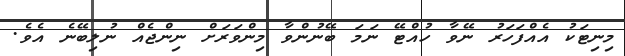
މިނިޓަކު އެއްފަހަރު ނޭވާ ހުއްޓޭ ނަމަ ބޭނުންވާ މިންވަރަށް ނިންޖެއް ނުލިބޭނެ އެވެ.